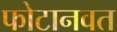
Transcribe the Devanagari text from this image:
फोटानवत